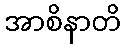
အာစိနာတိ